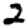
Digit: 2